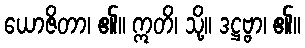
ယောဇိတာ၊ ၏။ ဣတိ၊ သို့။ ဒဋ္ဌဗ္ဗာ၊ ၏။